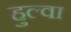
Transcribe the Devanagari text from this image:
हुल्वा